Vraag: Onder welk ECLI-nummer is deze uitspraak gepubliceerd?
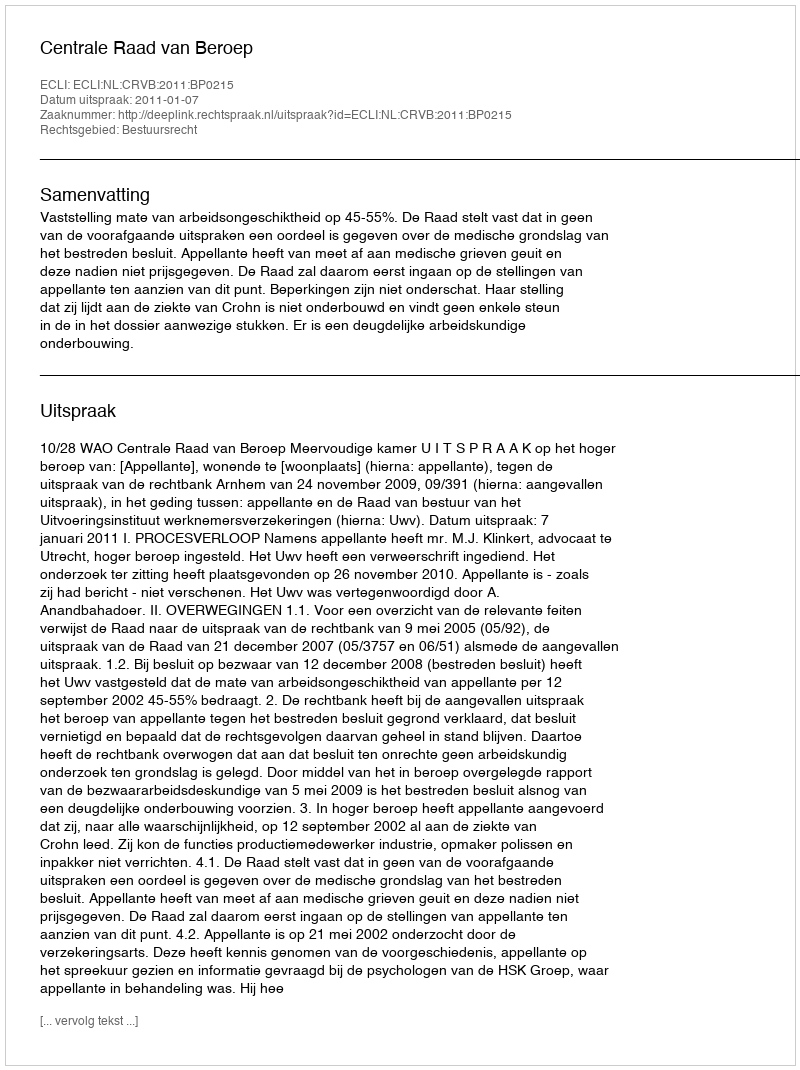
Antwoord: ECLI:NL:CRVB:2011:BP0215